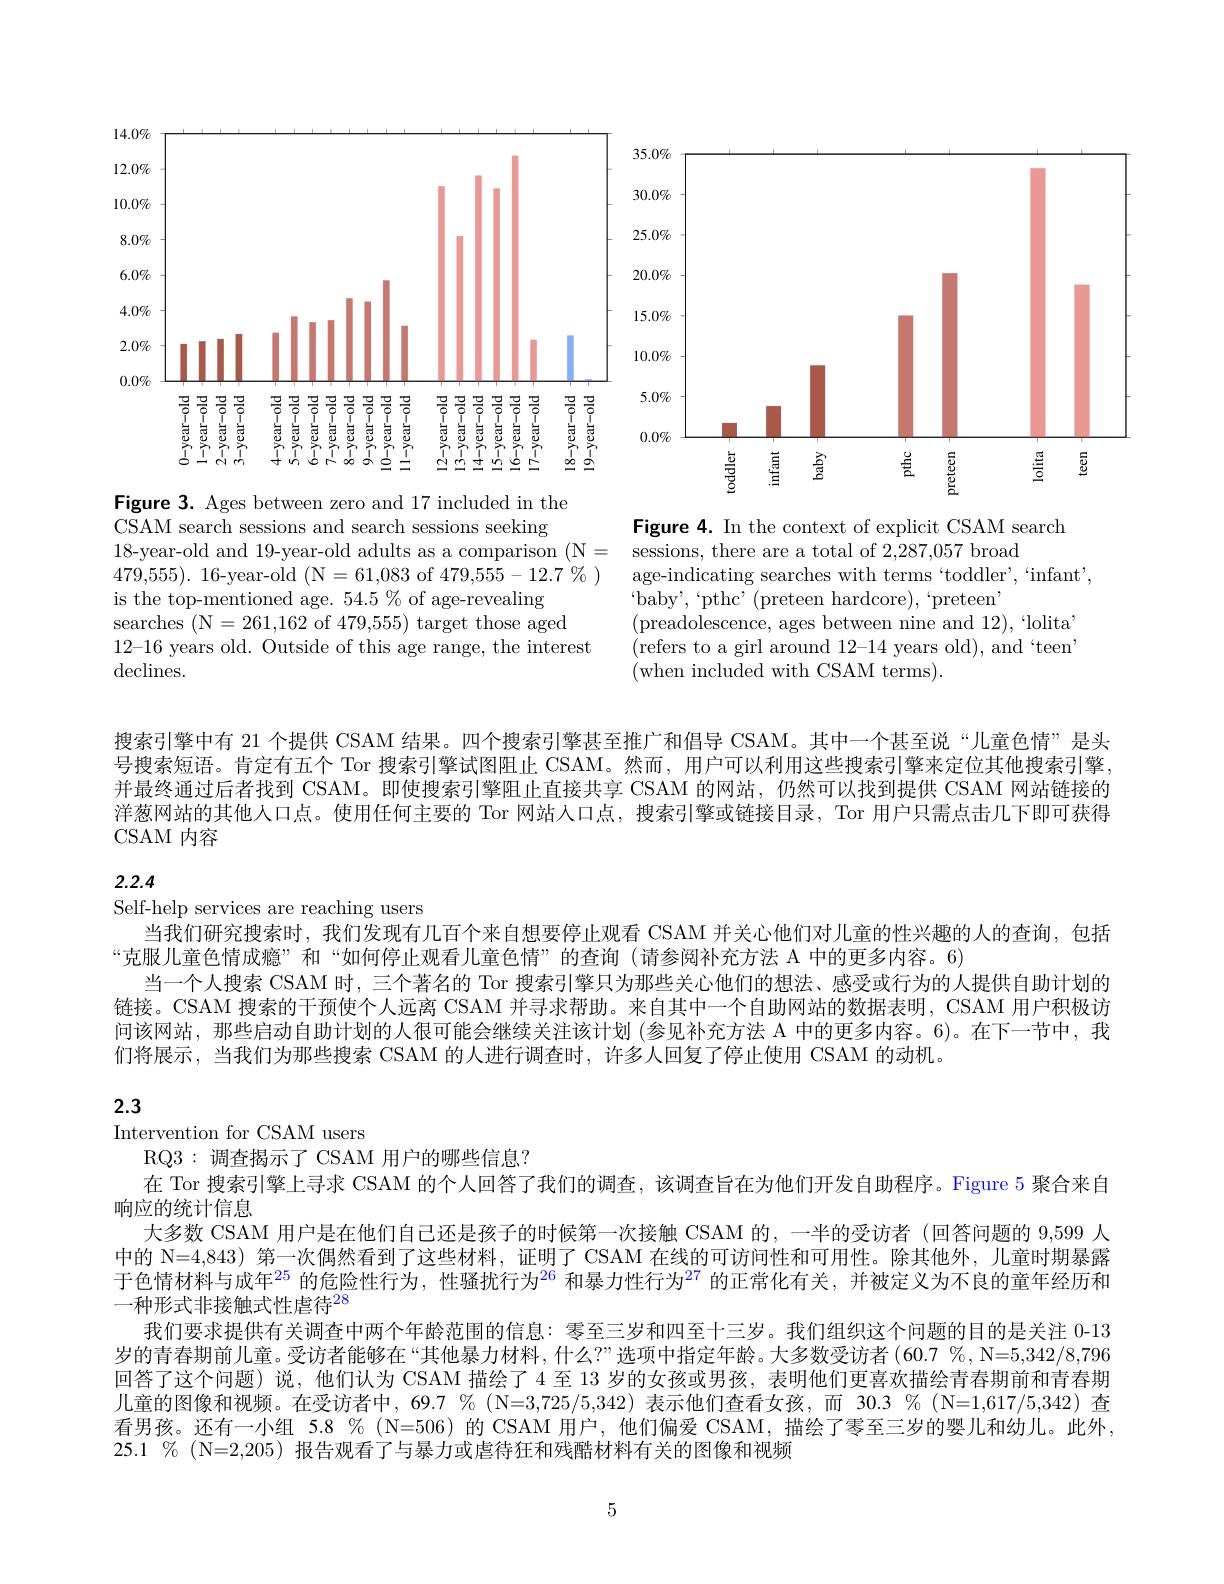
<FigureHere>

CSAM search sessions and search sessions seeking
18-year-old and 19-year-old adults as a comparison $( \mathbb{N} =$ sessions, there are a total of 2,287,057 broad
479,555).16-year-old(N=61,083 of$479,555-12.7\%)$
is the top-mentioned age. 54.5% of age-revealing
searches (N=261,162 of 479,555) target those aged
12-16 years old. Outside of this age range, the interest
$\operatorname{declines.}$

Figure 4. In the context of explicit CSAM search
age-indicating searches with terms “toddler”,“infant’,
$`$baby',“pthc’(preteen hardcore),‘preteeni
(preadolescence, ages between nine and 12),“lolita” (refers to a girl around 12-14 years old), and `teen' (when included with CSAM terms).

搜索引擎中有 21 个提供 CSAM 结果。四个搜索引擎甚至推广和倡导 CSAM。其中一个甚至说“儿童色情”是头号搜索短语。肯定有五个 Tor 搜索引擎试图阻止 CSAM。然而，用户可以利用这些搜索引擎来定位其他搜索引擎并最终通过后者找到 CSAM。即使搜索引擎阻止直接共享 CSAM 的网站，仍然可以找到提供 CSAM 网站链接的洋葱网站的其他人口点。使用任何主要的 Tor 网站人口点，搜索引擎或链接目录，Tor 用户只需点击几下即可获得CSAM 内容

## 2.2.4

Self-help services are reaching users
当我们研究搜索时，我们发现有几百个来自想要停止观看 CSAM 并关心他们对儿童的性兴趣的人的查询，包括
“克服儿童色情成瘾”和“如何停止观看儿童色情”的查询(请参阅补充方法 A 中的更多内容。6)
当一个人搜索 CSAM 时，三个著名的 Tor 搜索引擎只为那些关心他们的想法、感受或行为的人提供自助计划的链接。CSAM 搜索的干预使个人远离 CSAM 并寻求帮助。来自其中一个自助网站的数据表明，CSAM 用户积极访间该网站，那些启动自助计划的人很可能会继续关注该计划 (参见补充方法 A 中的更多内容。6)。在下一节中，我们将展示，当我们为那些搜索 CSAM 的人进行调查时，许多人回复了停止使用 CSAM 的动机。

## 2.3

Intervention for CSAM users
RQ3:调查揭示了 CSAM 用户的哪些信息？
在 Tor 搜索引擎上寻求 CSAM 的个人回答了我们的调查，该调查旨在为他们开发自助程序。Figure 5 聚合来自
响应的统计信息
大多数 CSAM 用户是在他们自己还是孩子的时候第一次接触 CSAM 的，一半的受访者 (回答问题的 9,599 人中的 N=4,843) 第一次偶然看到了这些材料，证明了 CSAM 在线的可访问性和可用性。除其他外，儿童时期暴露于色情材料与成年$^{25}$ 的危险性行为，性骚扰行为$^{26}$ 和暴力性行为$^{27}$ 的正常化有关，并被定义为不良的童年经历和一种形式非接触式性虐待$^{28}$
我们要求提供有关调查中两个年龄范围的信息：零至三岁和四至十三岁。我们组织这个问题的目的是关注 0-13岁的青春期前儿童。受访者能够在“其他暴力材料，什么？”选项中指定年龄。大多数受访者(60.7 %, N=5,342/8,796回答了这个问题)说，他们认为 CSAM 描绘了4 至 13 岁的女孩或男孩，表明他们更喜欢描绘青春期前和青春期儿童的图像和视频。在受访者中，69.7 % (N=3,725/5,342) 表示他们查看女孩，而 30.3 %(N=1,617/5,342) 查看男孩。还有一小组 5.8 % (N=506) 的 CSAM 用户，他们偏爱 CSAM, 描绘了零至三岁的婴儿和幼儿。此外， 25.1 %(N=2,205) 报告观看了与暴力或虐待狂和残酷材料有关的图像和视频

5